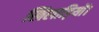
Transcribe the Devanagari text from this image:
खिलाड़ियों।